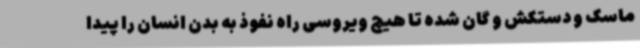
ماسک و دستکش و گان شده تا هیچ ویروسی راه نفوذ به بدن انسان را پیدا